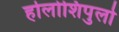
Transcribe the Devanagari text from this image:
होलोशिपुलो